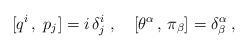
LaTeX: \begin{align*}[q^i \, , \; p_j] = i \, \delta^i_j\;,\quad [\theta^{\alpha} \, , \,\pi_{\beta}] = \delta^{\alpha}_{\beta}\;,\end{align*}